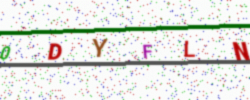
Text: 0DYFLN